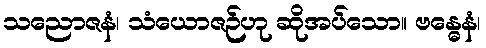
သညောဇနံ၊ သံယောဇဉ်ဟု ဆိုအပ်သော။ ဗန္ဓေနံ၊